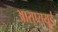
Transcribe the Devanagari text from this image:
आरएसयूई